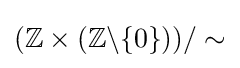
(\mathbb {Z} \times (\mathbb {Z} \backslash \{0\}))/\sim